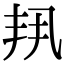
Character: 𫡗